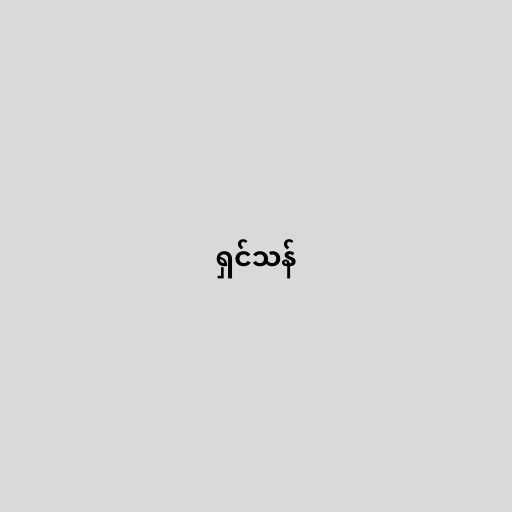
ရှင်သန်